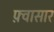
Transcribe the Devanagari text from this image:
फ़्वासार